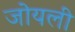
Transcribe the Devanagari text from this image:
जोयली